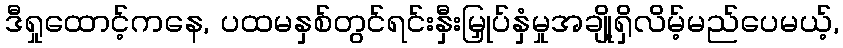
ဒီရှုထောင့်ကနေ, ပထမနှစ်တွင်ရင်းနှီးမြှုပ်နှံမှုအချို့ရှိလိမ့်မည်ပေမယ့်,